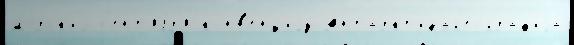
морск'и́х с'ент'ябр'я́ конв'е́нциjу Антаркт'идаг'еограф'иjа